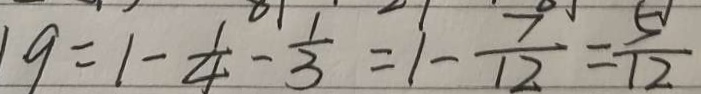
1 9 = 1 - \frac { 1 } { 4 } - \frac { 1 } { 3 } = 1 - \frac { 7 } { 1 2 } = \frac { 5 } { 1 2 }